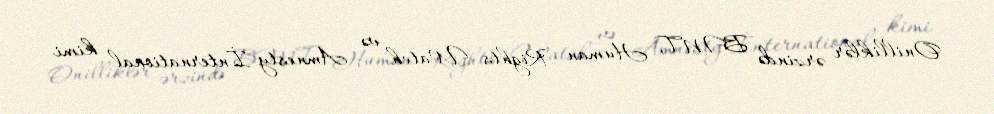
Onilliklər ərzində BMT, Human Rights Watch və Amnesty İnternational kimi